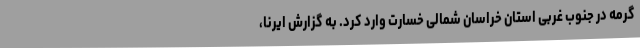
گرمه در جنوب غربی استان خراسان شمالی خسارت وارد کرد. به گزارش ایرنا،